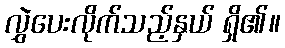
လွှဲပေးလိုက်သည့်နှယ် ရှိ၏။